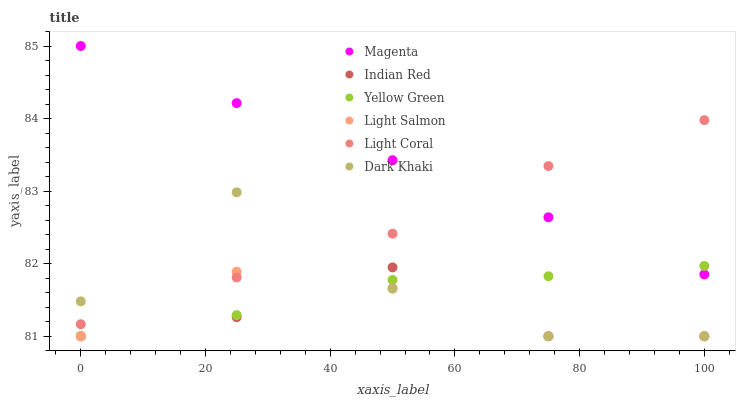
| xaxis_label | Magenta | Indian Red | Yellow Green | Light Salmon | Light Coral | Dark Khaki |
 | --- | --- | --- | --- | --- | --- | --- |
 | 0 | 85 | 81 | 81 | 81 | 81.2 | 81.5 |
 | 25 | 84.2 | 81.3 | 81.3 | 81.9 | 81.8 | 83 |
 | 50 | 83.4 | 81.9 | 81.8 | 81.7 | 82.4 | 81.7 |
 | 75 | 82.6 | 81 | 81.8 | 81 | 83.3 | 81 |
 | 100 | 81.9 | 81 | 82 | 81 | 84 | 81 |